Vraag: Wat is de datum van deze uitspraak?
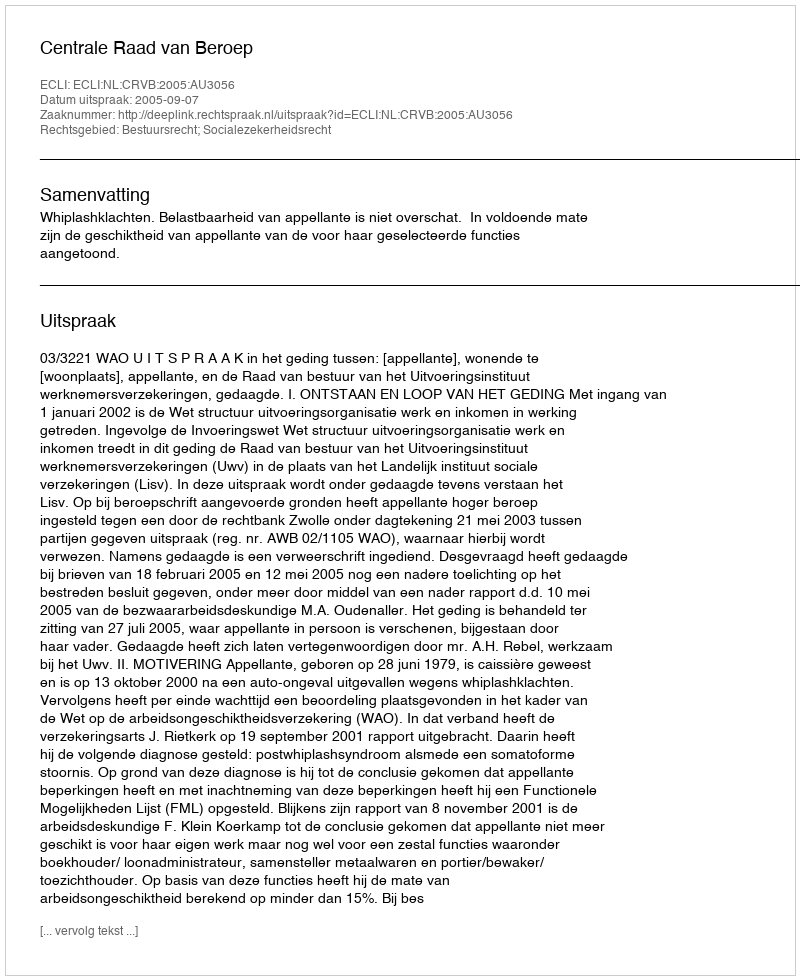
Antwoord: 2005-09-07